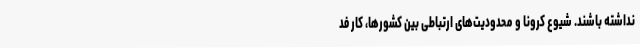
نداشته باشند. شیوع کرونا و محدودیت‌های ارتباطی بین کشورها، کار فد